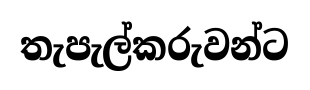
තැපැල්කරුවන්ට